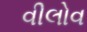
વીલોવ